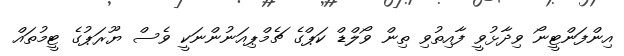
އިންފަންޓީނޯ ވިދާޅުވީ ފާއިތުވި ތިން ވޯލްޑް ކަޕްގެ ޗެމްޕިއަނުންނަކީ ވެސް ޔޫރަޕުގެ ޓީމުތައް